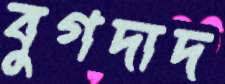
বুগদাদ